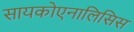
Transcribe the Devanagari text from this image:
सायकोएनालिसिस